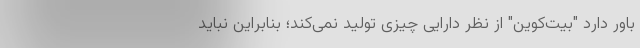
باور دارد "بیت‌کوین" از نظر دارایی چیزی تولید نمی‌کند؛ بنابراین نباید